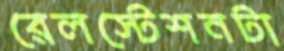
রেলস্টেশনটা